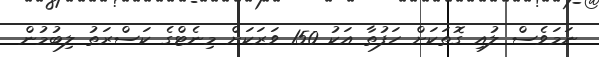
ނަމަވެސް ލުއި ގޮތަކަށް ހަފުތާ އަކު 150 ވަރަަކަށް މިނެޓްގެ ކަސްރަތު ލިބުމުން